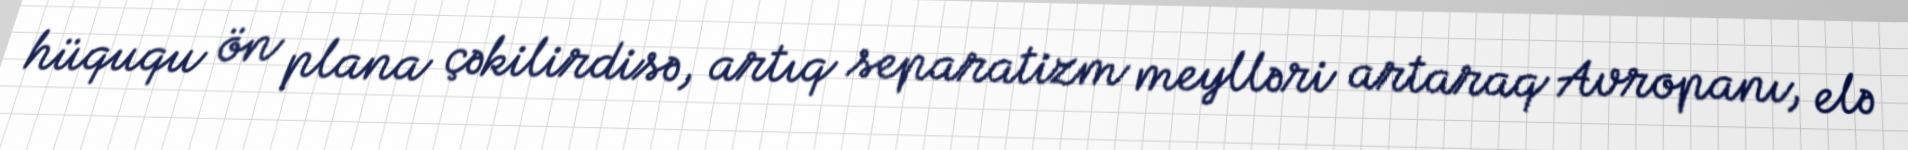
hüququ ön plana çəkilirdisə, artıq separatizm meylləri artaraq Avropanı, elə